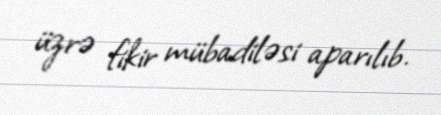
üzrə fikir mübadiləsi aparılıb.